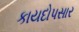
કાયદોપસાર